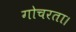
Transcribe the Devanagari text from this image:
गोचरता।